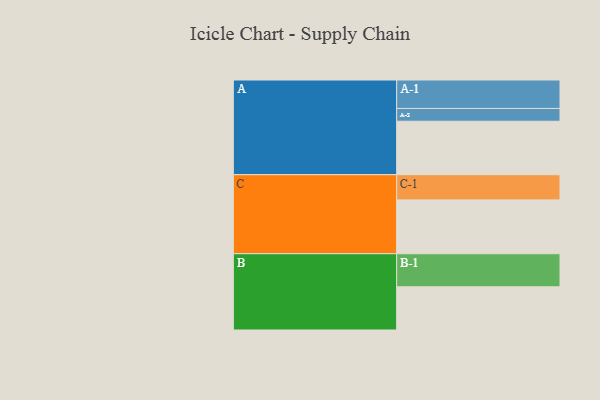
{"axis": {"x": "Segment", "y": "Value"}, "legend": ["", "A", "B", "C"], "data": [{"x": "A", "y": 447, "type": ""}, {"x": "B", "y": 361, "type": ""}, {"x": "C", "y": 450, "type": ""}, {"x": "A-1", "y": 238, "type": "A"}, {"x": "A-2", "y": 107, "type": "A"}, {"x": "B-1", "y": 277, "type": "B"}, {"x": "C-1", "y": 211, "type": "C"}]}